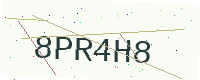
Text: 8PR4H8